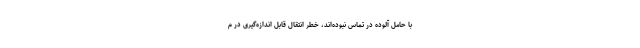
با حامل آلوده در تماس نبوده‌اند، خطر انتقال قابل اندازه‌گیری در م